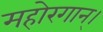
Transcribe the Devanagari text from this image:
महोरगान्।